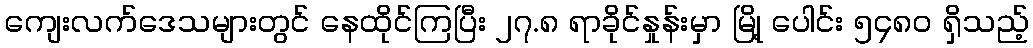
ကျေးလက်ဒေသများတွင် နေထိုင်ကြပြီး ၂၇.၈ ရာခိုင်နှုန်းမှာ မြို့ ပေါင်း ၅၄၈၀ ရှိသည့်